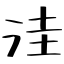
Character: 洼